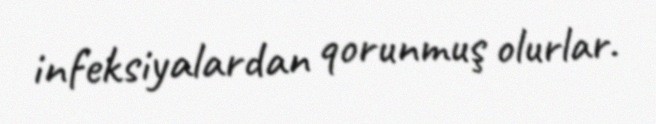
infeksiyalardan qorunmuş olurlar.